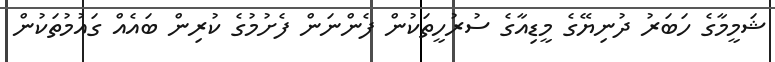
ޝަމީމާގެ ހަބަރު ދުނިޔޭގެ މީޑިއާގެ ސުރުހީތަކުން ފެންނަން ފެށުމުގެ ކުރިން ބައެއް ގައުމުތަކުން